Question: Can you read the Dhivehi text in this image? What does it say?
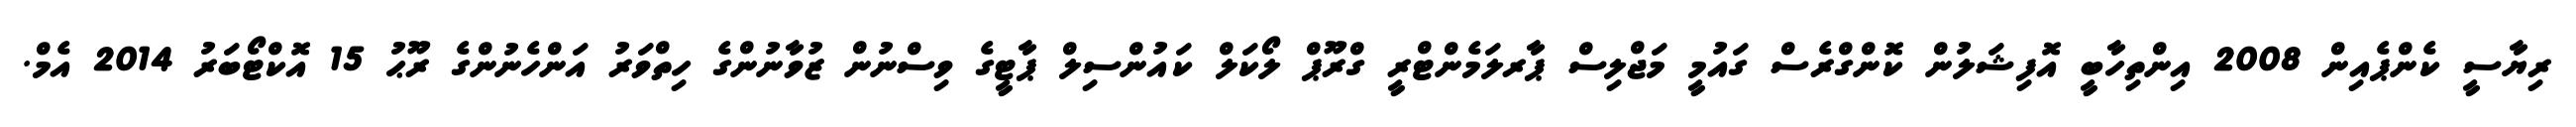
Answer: ރިޔާސީ ކެންޕެއިން 2008 އިންތިހާބީ އޮފިޝަލުން ކޮންގްރެސް ގައުމީ މަޖްލިސް ޕާރލަމެންޓްރީ ގްރޫޕް ލޯކަލް ކައުންސިލް ޕާޓީގެ ވިސްނުން ޒުވާނުންގެ ހިތްވަރު އަންހެނުންގެ ރޫޙު 15 އޮކްޓޯބަރު 2014 އެމް.